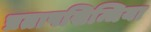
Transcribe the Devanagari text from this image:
प्रतापसिन्धिया